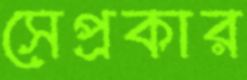
সেপ্রকার